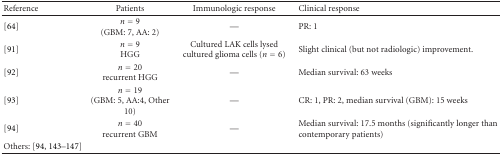
<table><thead><tr><td><b>Reference</b></td><td><b>Patients</b></td><td><b>Immunologic response</b></td><td><b>Clinical response</b></td></tr></thead><tbody><tr><td>[64]</td><td><i>n</i> = 9 (GBM: 7, AA: 2)</td><td>—</td><td>PR: 1</td></tr><tr><td>[91]</td><td><i>n</i> = 9HGG</td><td>Cultured LAK cells lysed cultured glioma cells (<i>n</i> = 6)</td><td>Slight clinical (but not radiologic) improvement.</td></tr><tr><td>[92]</td><td><i>n</i> = 20recurrent HGG</td><td>—</td><td>Median survival: 63 weeks</td></tr><tr><td>[93]</td><td><i>n</i> = 19 (GBM: 5, AA:4, Other 10)</td><td>—</td><td>CR: 1, PR: 2, median survival (GBM): 15 weeks</td></tr><tr><td>[94]</td><td><i>n</i> = 40recurrent GBM</td><td>—</td><td>Median survival: 17.5 months (significantly longer than contemporary patients)</td></tr><tr><td>Others: [94, 143–147]</td><td></td><td></td><td></td></tr></tbody></table>